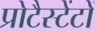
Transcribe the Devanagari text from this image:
प्रोटैस्टेंटों